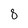
Character: 8